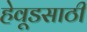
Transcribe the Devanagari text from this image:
हेवूडसाठी